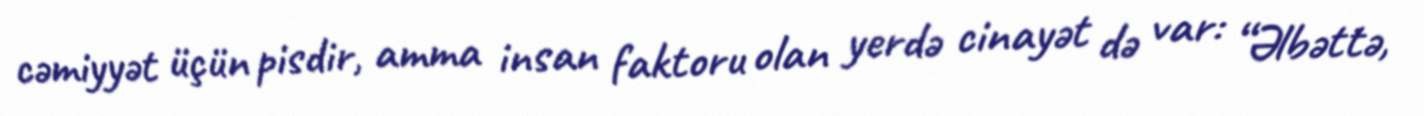
cəmiyyət üçün pisdir, amma insan faktoru olan yerdə cinayət də var: “Əlbəttə,